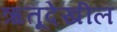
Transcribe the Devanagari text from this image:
ऋतूदेखील